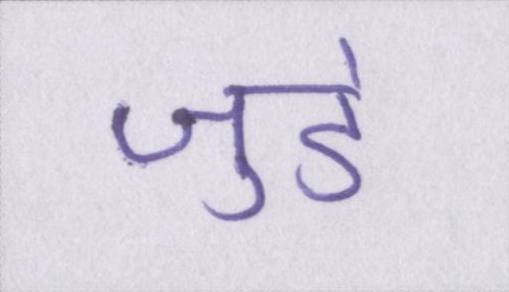
जुडे